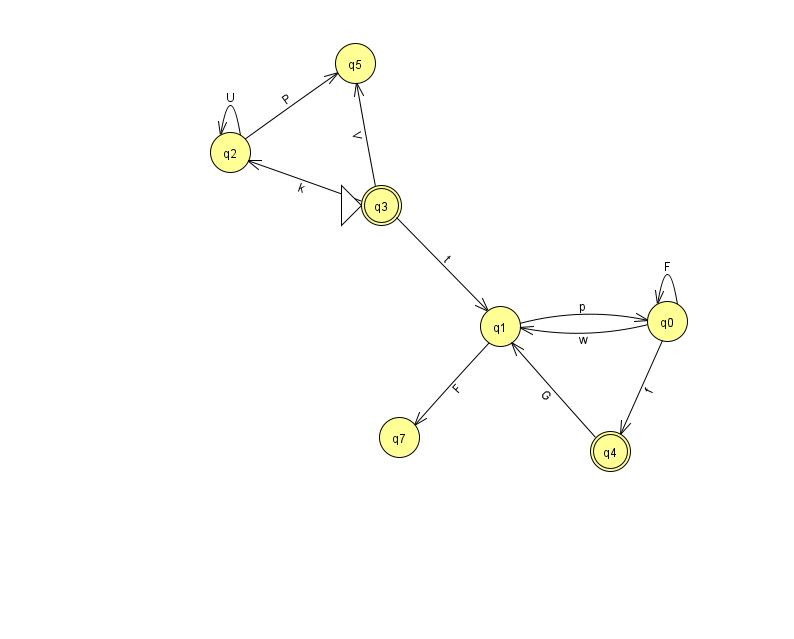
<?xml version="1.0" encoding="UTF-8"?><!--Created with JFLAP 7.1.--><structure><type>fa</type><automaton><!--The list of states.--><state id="0" name="q0"><x>667.0</x><y>308.0</y></state><state id="1" name="q1"><x>500.0</x><y>313.0</y></state><state id="2" name="q2"><x>230.0</x><y>139.0</y></state><state id="3" name="q3"><x>381.0</x><y>192.0</y><initial/><final/></state><state id="4" name="q4"><x>610.0</x><y>438.0</y><final/></state><state id="5" name="q5"><x>355.0</x><y>50.0</y></state><state id="7" name="q7"><x>399.0</x><y>424.0</y></state><!--The list of transitions.--><transition><from>0</from><to>1</to><read>w</read></transition><transition><from>3</from><to>1</to><read>t</read></transition><transition><from>2</from><to>2</to><read>U</read></transition><transition><from>0</from><to>0</to><read>F</read></transition><transition><from>1</from><to>0</to><read>p</read></transition><transition><from>3</from><to>5</to><read>V</read></transition><transition><from>4</from><to>1</to><read>G</read></transition><transition><from>2</from><to>5</to><read>P</read></transition><transition><from>3</from><to>2</to><read>k</read></transition><transition><from>0</from><to>4</to><read>f</read></transition><transition><from>1</from><to>7</to><read>F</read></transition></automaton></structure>